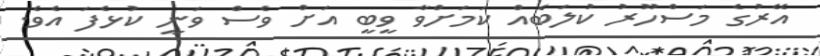
އޭރުގެ މަސްހޫރު ކުލަބެއް ކަމަށްވާ ވީބީ އަށް ވެސް ވަނީ ކުޅެފަ އެވެ.